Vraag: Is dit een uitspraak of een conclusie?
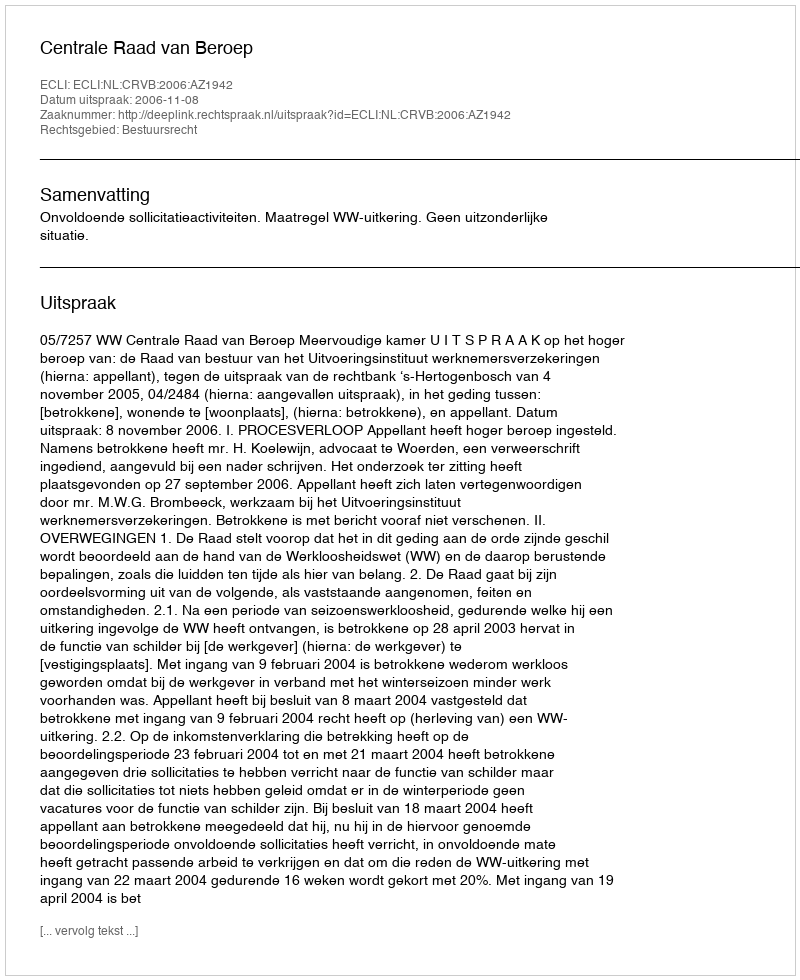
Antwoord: Uitspraak